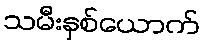
သမီးနှစ်ယောက်